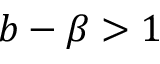
b - \beta > 1